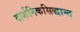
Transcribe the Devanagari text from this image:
दार्शनिकसिद्धान्त